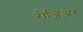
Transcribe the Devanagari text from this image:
रोजिअर